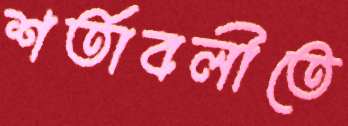
শর্তাবলীতে